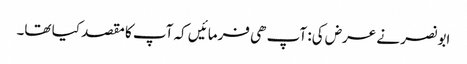
ابو نصر نے عرض کی: آپ ھی فرمائیں کہ آپ کا مقصد کیا تھا۔